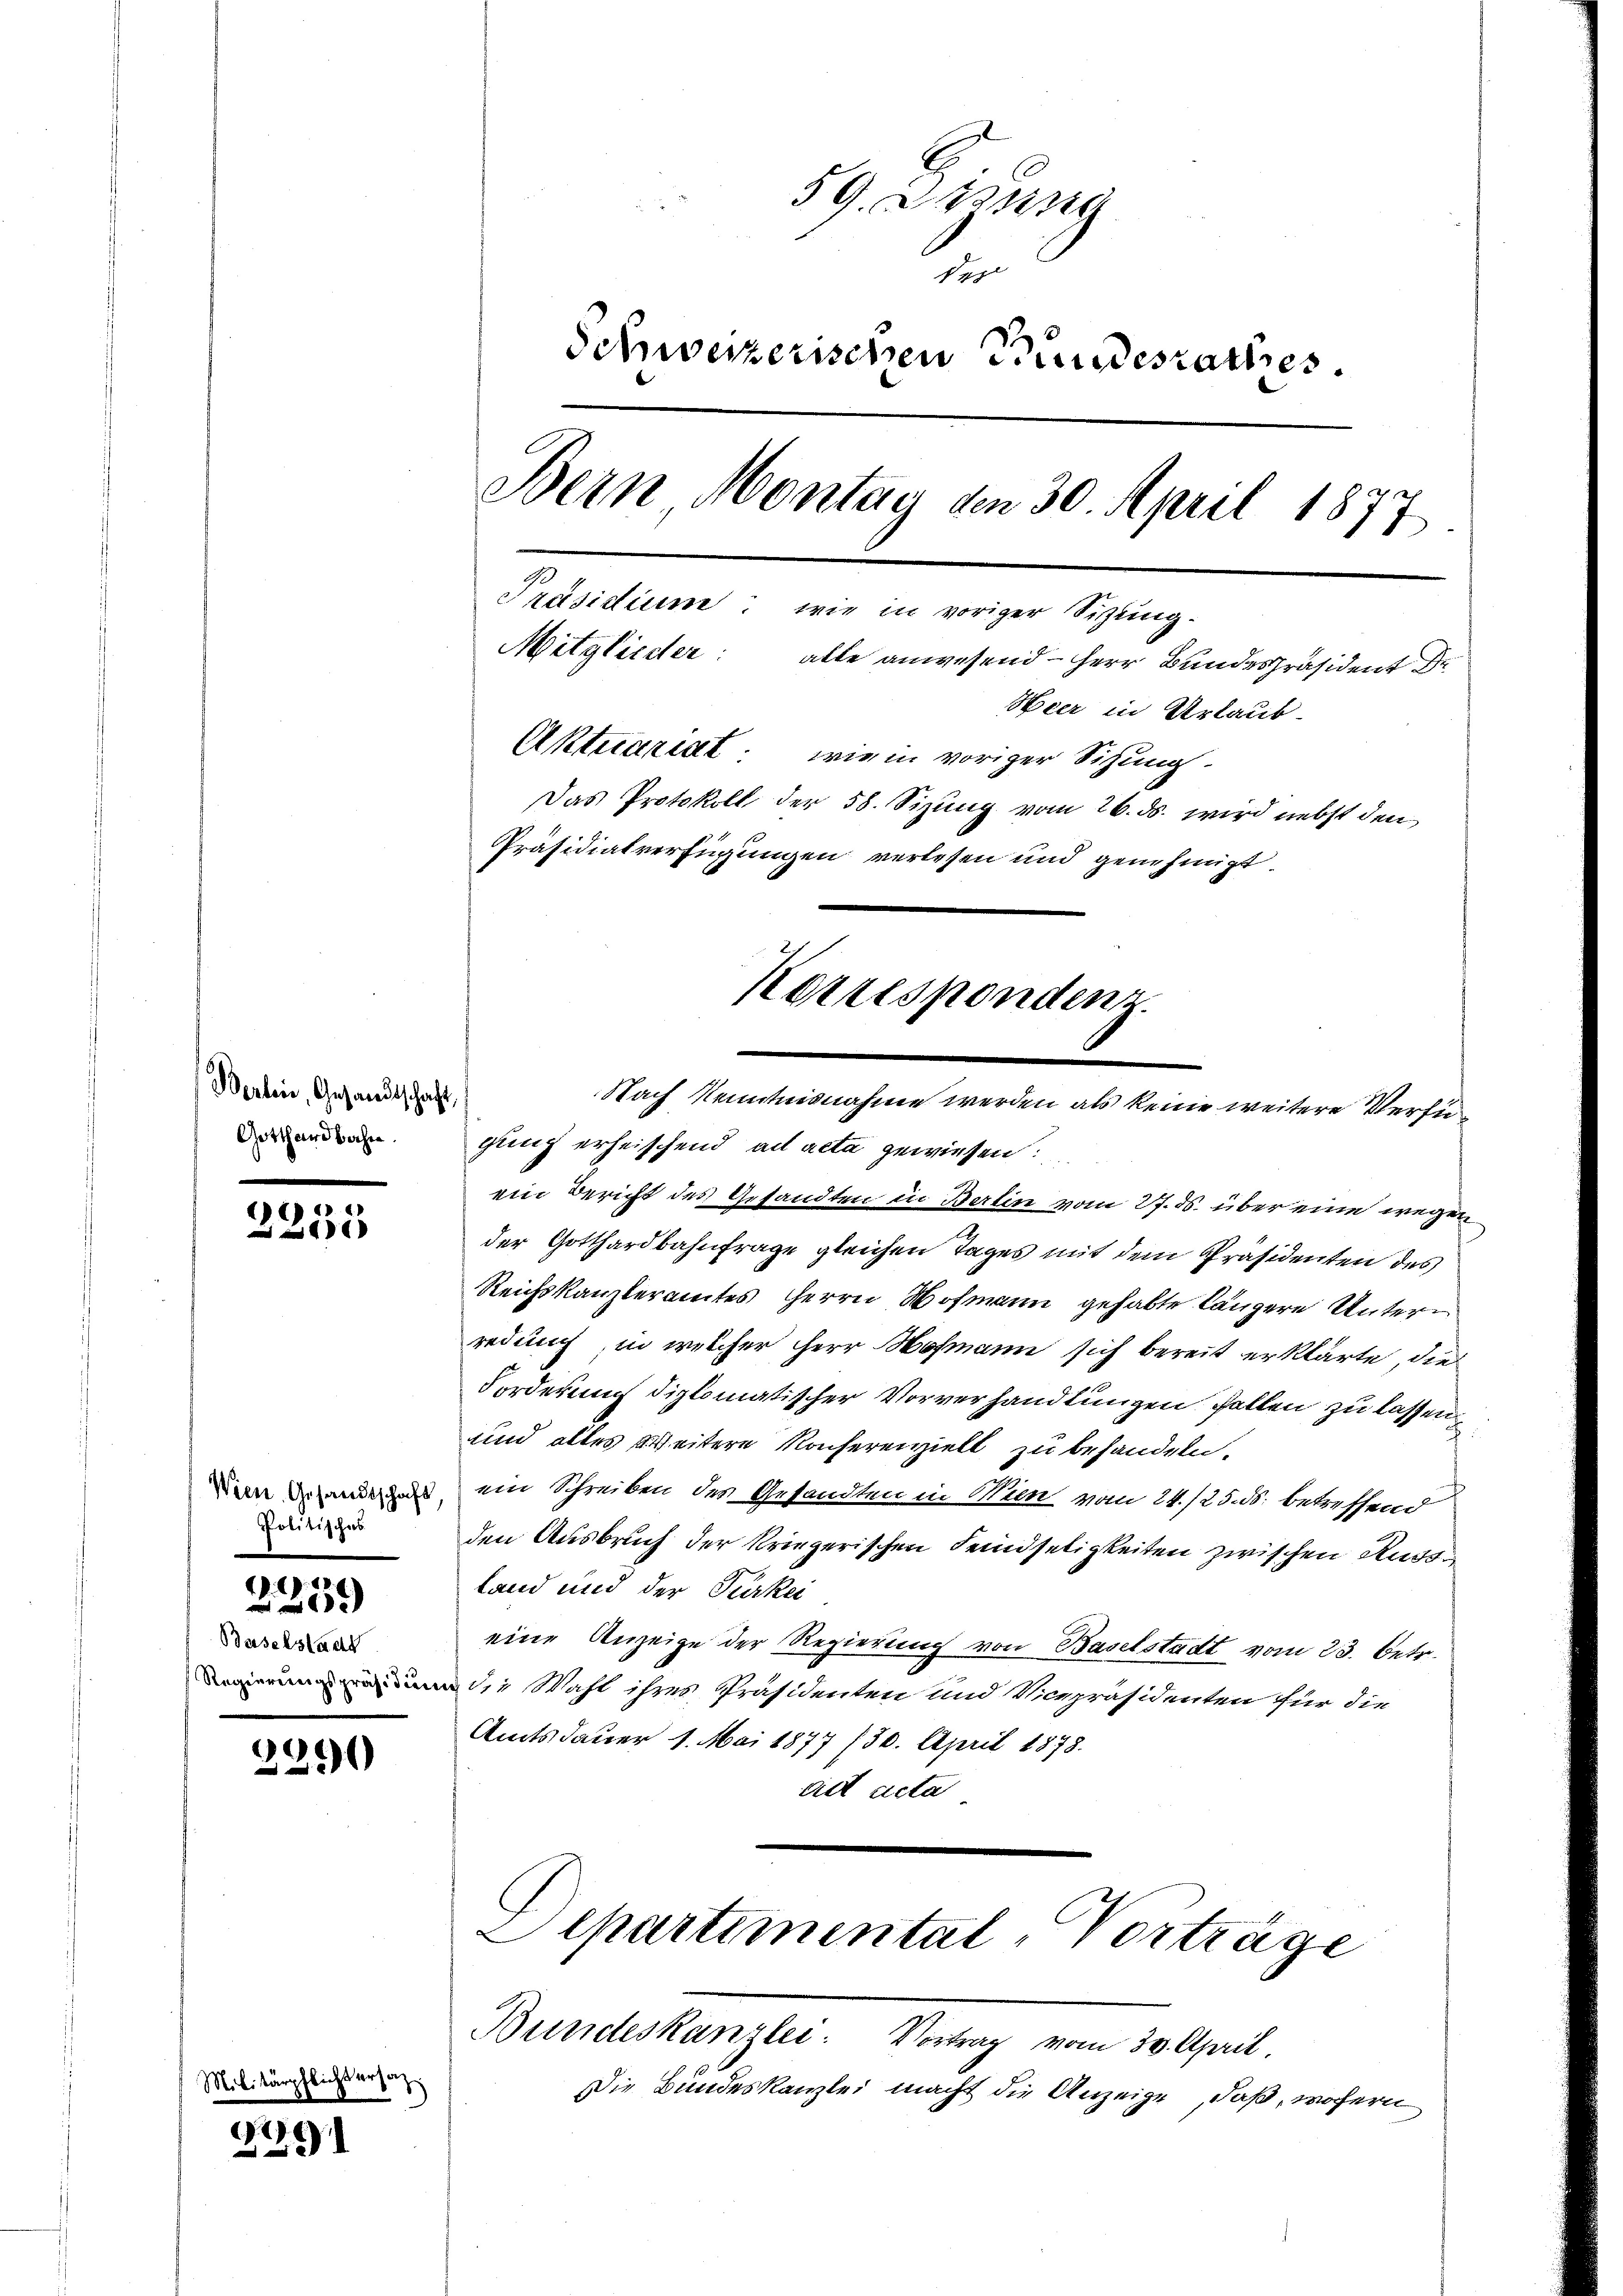
Berben, Gesandtschaft,
Gotthardbahre.

Militär

)
200

Politisches
d. 9.10.

Baselstadt

2240

E
25

pflicht erhaz

59. Sitzung
t
Schweizerischen Bundesrathes
Bern Montag den 30. April 1877
Präsidium: wie in voriger Sizung-
Mitglieder: alle anwesend - Herr Bundespräsident de
Heer in Urlaub.
Aktuariat: wie in voriger Sihung-
Das Protokoll der 58. Sizung vom 26. ds. wird nebst den
Präsidialverfügungen verlesen und genehmigt.

gung erheischend ad acta gewiesen:
ein Bericht des Gesandten in Berlin vom 27. ds. über eine wegen
der Gotthardbahnfrage gleichen Tages mit dem Präsidenten des
Reichskanzleramtes Herrn Wohmann gehabte längere Unterredung, in welcher Herr Hofmann sich bereit erklärte, die
Forderung diplomatischer Vorverhandlungen fallen zu lassen,
und altes Weitere Konferenzielt zu behandeln.
Dan denn ein Schreiben des Gesandten in Wien vom 24./25. betreffend
den Ausbruch der kriegerischen Feindseligkeiten zwischen Rudoland und der Türkei
eine Anzeige der Regierung von Baselstadt vom 23. betr.
die Wahl ihres Präsidenten und Vicepräsidenten für die
Amtsdauer 1. Mai 1877 /30. April 1878.
Act acta
Departimental-Vorträge

Korrespondenz.

Nach Kenntnisnahme werden als keine weitere Verfü¬

Bundeskanzlei: Vortrag vom 30. April.
Die Bundeskanzlei macht die Anzeige, daß, wofern